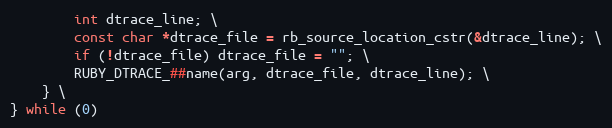
Language: C
        int dtrace_line; \
        const char *dtrace_file = rb_source_location_cstr(&dtrace_line); \
        if (!dtrace_file) dtrace_file = ""; \
        RUBY_DTRACE_##name(arg, dtrace_file, dtrace_line); \
    } \
} while (0)